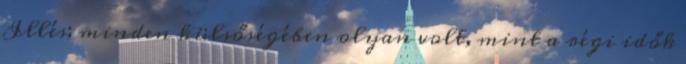
Illés; minden külsőségében olyan volt, mint a régi idők